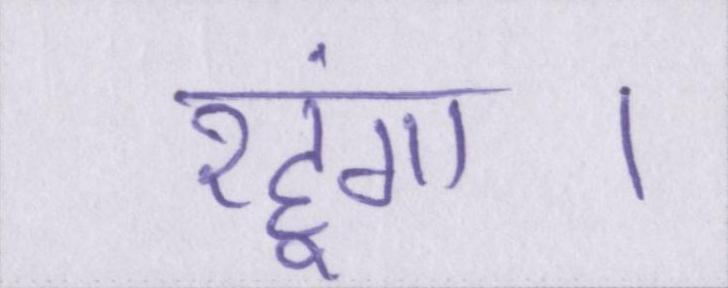
रहूंगा।